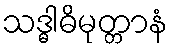
သဒ္ဓါဓိမုတ္တာနံ